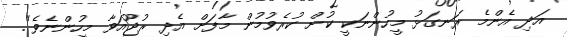
އަދި އެންމެ ރަނގަޅު މީހުންނަކީ ކުށް ކުރެވުމުން މާފަށް އެދި ރުޖޫއަވާ މީހުންނެވެ".